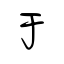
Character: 于